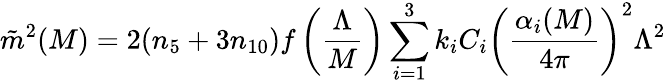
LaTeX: \tilde{m}^{2}(M)=2(n_{5}+3n_{10})f\left({\frac{\Lambda}{M}}\right)\sum_{i=1}^{3}k_{i}C_{i}\biggl({\frac{\alpha_{i}(M)}{4\pi}}\biggr)^{2}\Lambda^{2}